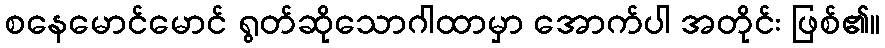
စနေမောင်မောင် ရွတ်ဆိုသောဂါထာမှာ အောက်ပါ အတိုင်း ဖြစ်၏။